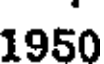
1950